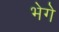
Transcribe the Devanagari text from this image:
भेगे